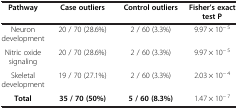
<table><thead><tr><td><b>Pathway</b></td><td><b>Case outliers</b></td><td><b>Control outliers</b></td><td><b>Fisher’s exact test P</b></td></tr></thead><tbody><tr><td>Neuron development</td><td>20 / 70 (28.6%)</td><td>2 / 60 (3.3%)</td><td>9.97 × 10<sup>− 5</sup></td></tr><tr><td>Nitric oxide signaling</td><td>20 / 70 (28.6%)</td><td>2 / 60 (3.3%)</td><td>9.97 × 10<sup>− 5</sup></td></tr><tr><td>Skeletal development</td><td>19 / 70 (27.1%)</td><td>2 / 60 (3.3%)</td><td>2.03 × 10<sup>− 4</sup></td></tr><tr><td><b>Total</b></td><td><b>35 / 70 (50%)</b></td><td><b>5 / 60 (8.3%)</b></td><td>1.47 × 10<sup>− 7</sup></td></tr></tbody></table>